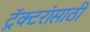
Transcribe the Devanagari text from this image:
ट्रॅक्टरांसाठी